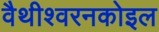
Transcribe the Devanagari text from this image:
वैथीश्वरनकोइल